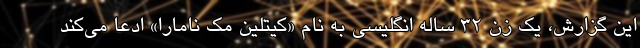
این گزارش، یک زن ۳۲ ساله انگلیسی به نام «کیتلین مک نامارا» ادعا می‌کند